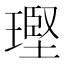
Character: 𪼑